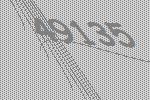
49135